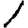
Digit: 1